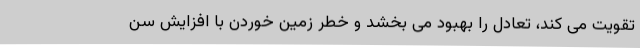
تقویت می کند، تعادل را بهبود می بخشد و خطر زمین خوردن با افزایش سن